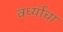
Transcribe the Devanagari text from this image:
वर्ध्याचा